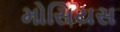
મોસિયસ